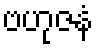
ဗဟုဇနံ